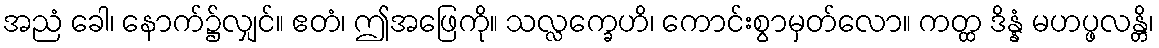
အညံ ခေါ၊ နောက်၌လျှင်။ ဧတံ၊ ဤအဖြေကို။ သလ္လက္ခေဟိ၊ ကောင်းစွာမှတ်လော။ ကတ္ထ ဒိန္နံ မဟပ္ဖလန္တိ၊